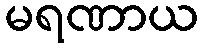
မရဏာယ